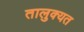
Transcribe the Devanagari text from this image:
तालुक्यत